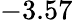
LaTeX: -3.57